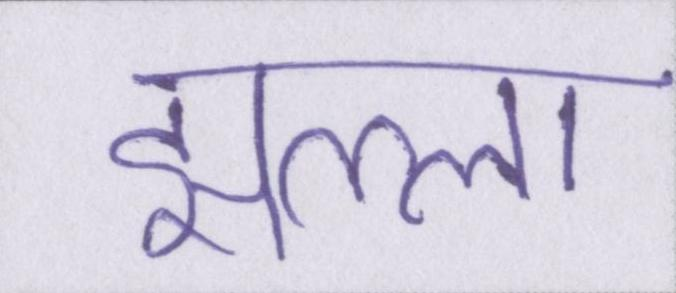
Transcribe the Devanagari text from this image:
झल्ला